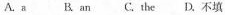
A.a B an C. The D.不填